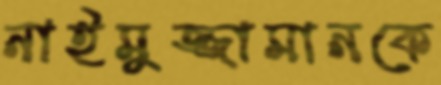
নাইমুজ্জামানকে